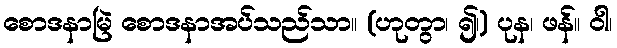
စောဒနာမြဲ စောဒနာအပ်သည်သာ။ (ဟုတွာ၊ ၍၊) ပုန၊ ဖန်။ ဝါ၊